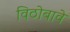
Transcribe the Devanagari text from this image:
विठोबावे